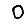
Digit: 0